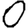
Digit: 0